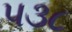
૫૩૮